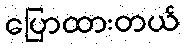
ပြောထားတယ်